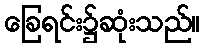
ခြေရင်း၌ဆုံးသည်။